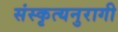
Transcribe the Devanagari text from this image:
संस्कृत्यनुरागी